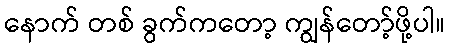
နောက် တစ် ခွက်ကတော့ ကျွန်တော့်ဖို့ပါ။